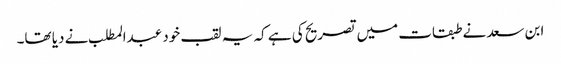
ابن سعد نے طبقات میں تصریح کی ہے کہ یہ لقب خود عبدالمطلب نے دیا تھا۔